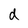
Character: d